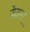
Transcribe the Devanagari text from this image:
मैमारू